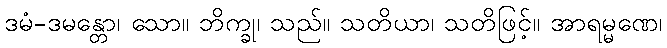
ဒမံ-ဒမန္တော၊ သော။ ဘိက္ခု၊ သည်။ သတိယာ၊ သတိဖြင့်။ အာရမ္မဏေ၊